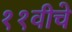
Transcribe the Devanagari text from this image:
११वीचे